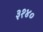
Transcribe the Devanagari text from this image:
३१४०